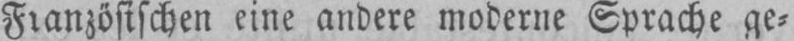
Französischen eine andere moderne Sprache ge⸗